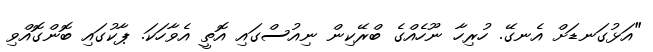
"އަޅުގަނޑަށް އެނގޭ. ހުރިހާ ނޫހެއްގެ ބްރޭކިން ނިއުސްގައި އޮތީ އެވާހަކަ. ޕާކުގައި ބޮންގޮއްވި